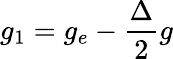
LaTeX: g_{1}=g_{e}-\frac{\Delta}{2}g